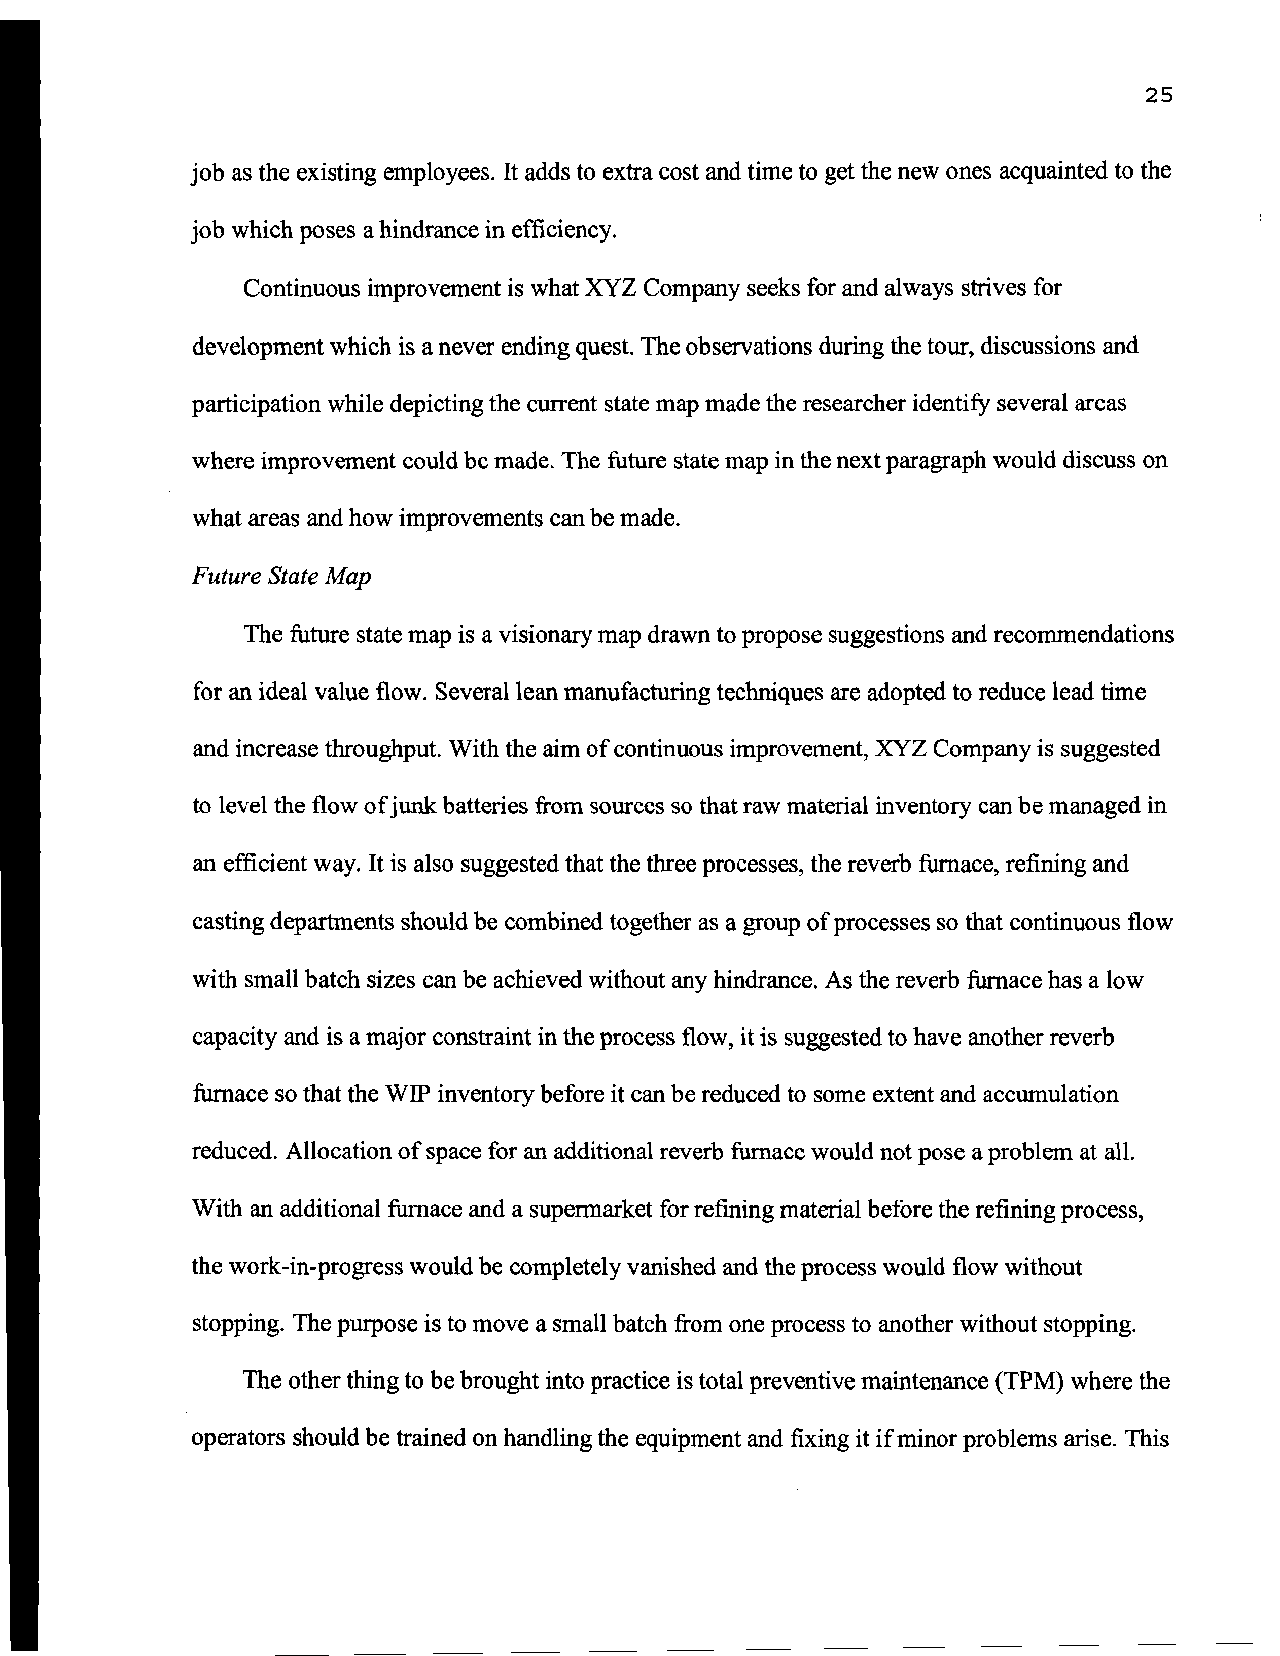
25
 job as the existing employees. It adds to extra cost and time to get the new ones acquainted to the
 job which poses a hindrance in efficiency.
 Continuous improvement is what XYZ Company seeks for and always strives for
 development which is a never ending quest. The observations during the tour, discussions and
 participation while depicting the current state map made the researcher identify several areas
 where improvement could be made. The future state map in the next paragraph would discuss on
 what areas and how improvements can be made.
 Future State Map
 The future state map is a visionary map drawn to propose suggestions and recommendations
 for an ideal value flow. Several lean manufacturing techniques are adopted to reduce lead time
 and increase throughput. With the aim of continuous improvement, XYZ Company is suggested
 to level the flow ofjunk batteries from sources so that raw material inventory can be managed in
 an efficient way. It is also suggested that the three processes, the reverb furnace, refining and
 casting departments should be combined together as a group of processes so that continuous flow
 with small batch sizes can be achieved without any hindrance. As the reverb furnace has a low
 capacity and is a major constraint in the process flow, it is suggested to have another reverb
 furnace so that the WIP inventory before it can be reduced to some extent and accumulation
 reduced. Allocation of space for an additional reverb furnace would not pose a problem at all.
 With an additional furnace and a supermarket for refining material before the refining process,
 the work-in-progress would be completely vanished and the process would flow without
 stopping. The purpose is to move a small batch from one process to another without stopping.
 The other thing to be brought into practice is total preventive maintenance (TPM) where the
 operators should be trained on handling the equipment and fixing it ifminor problems arise. This